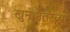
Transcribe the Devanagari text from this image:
खुनानंतरच्या